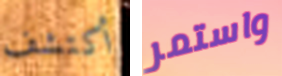
أكتشف واستمر